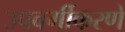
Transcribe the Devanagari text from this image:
उपवर्गीकरणे